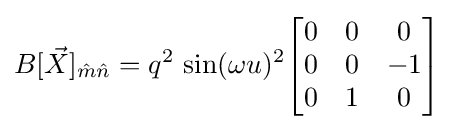
B[{\vec {X}}]_{{\hat {m}}{\hat {n}}}=q^{2}\,\sin(\omega u)^{2}{\begin{bmatrix}0&0&0\\0&0&-1\\0&1&0\end{bmatrix}}